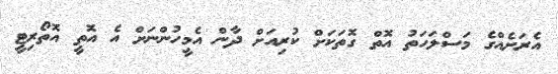
އެރަށެއްގެ މަސްލަހަތު އޮތް ގޮތަކަށް ކުރިއަށް ދާން އެމީހުންނަށް އެ އޮތީ އޮތޯރިޓީ